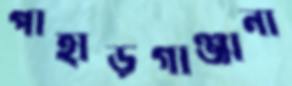
পাহাড়গাঞ্জানা